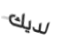
لديك